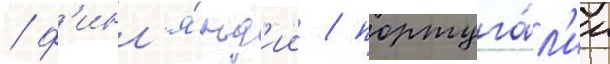
/ ф'инл'я́нд'ии / португа́л'ии